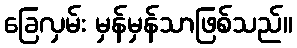
ခြေလှမ်း မှန်မှန်သာဖြစ်သည်။